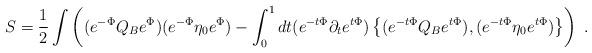
LaTeX: \begin{align*}S=\frac{1}{2}\int\left((e^{-\Phi}Q_Be^{\Phi})(e^{-\Phi}\eta_0e^{\Phi})-\int_0^1 dt(e^{-t\Phi}\partial_te^{t\Phi})\left\{(e^{-t\Phi}Q_Be^{t\Phi}),(e^{-t\Phi}\eta_0e^{t\Phi})\right\}\right) \ .\end{align*}